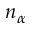
n _ { \alpha }